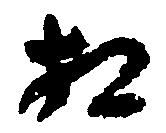
相